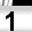
Digit: 1